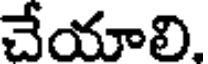
చేయాలి.